Trukikaitis_Postimees, lk 52
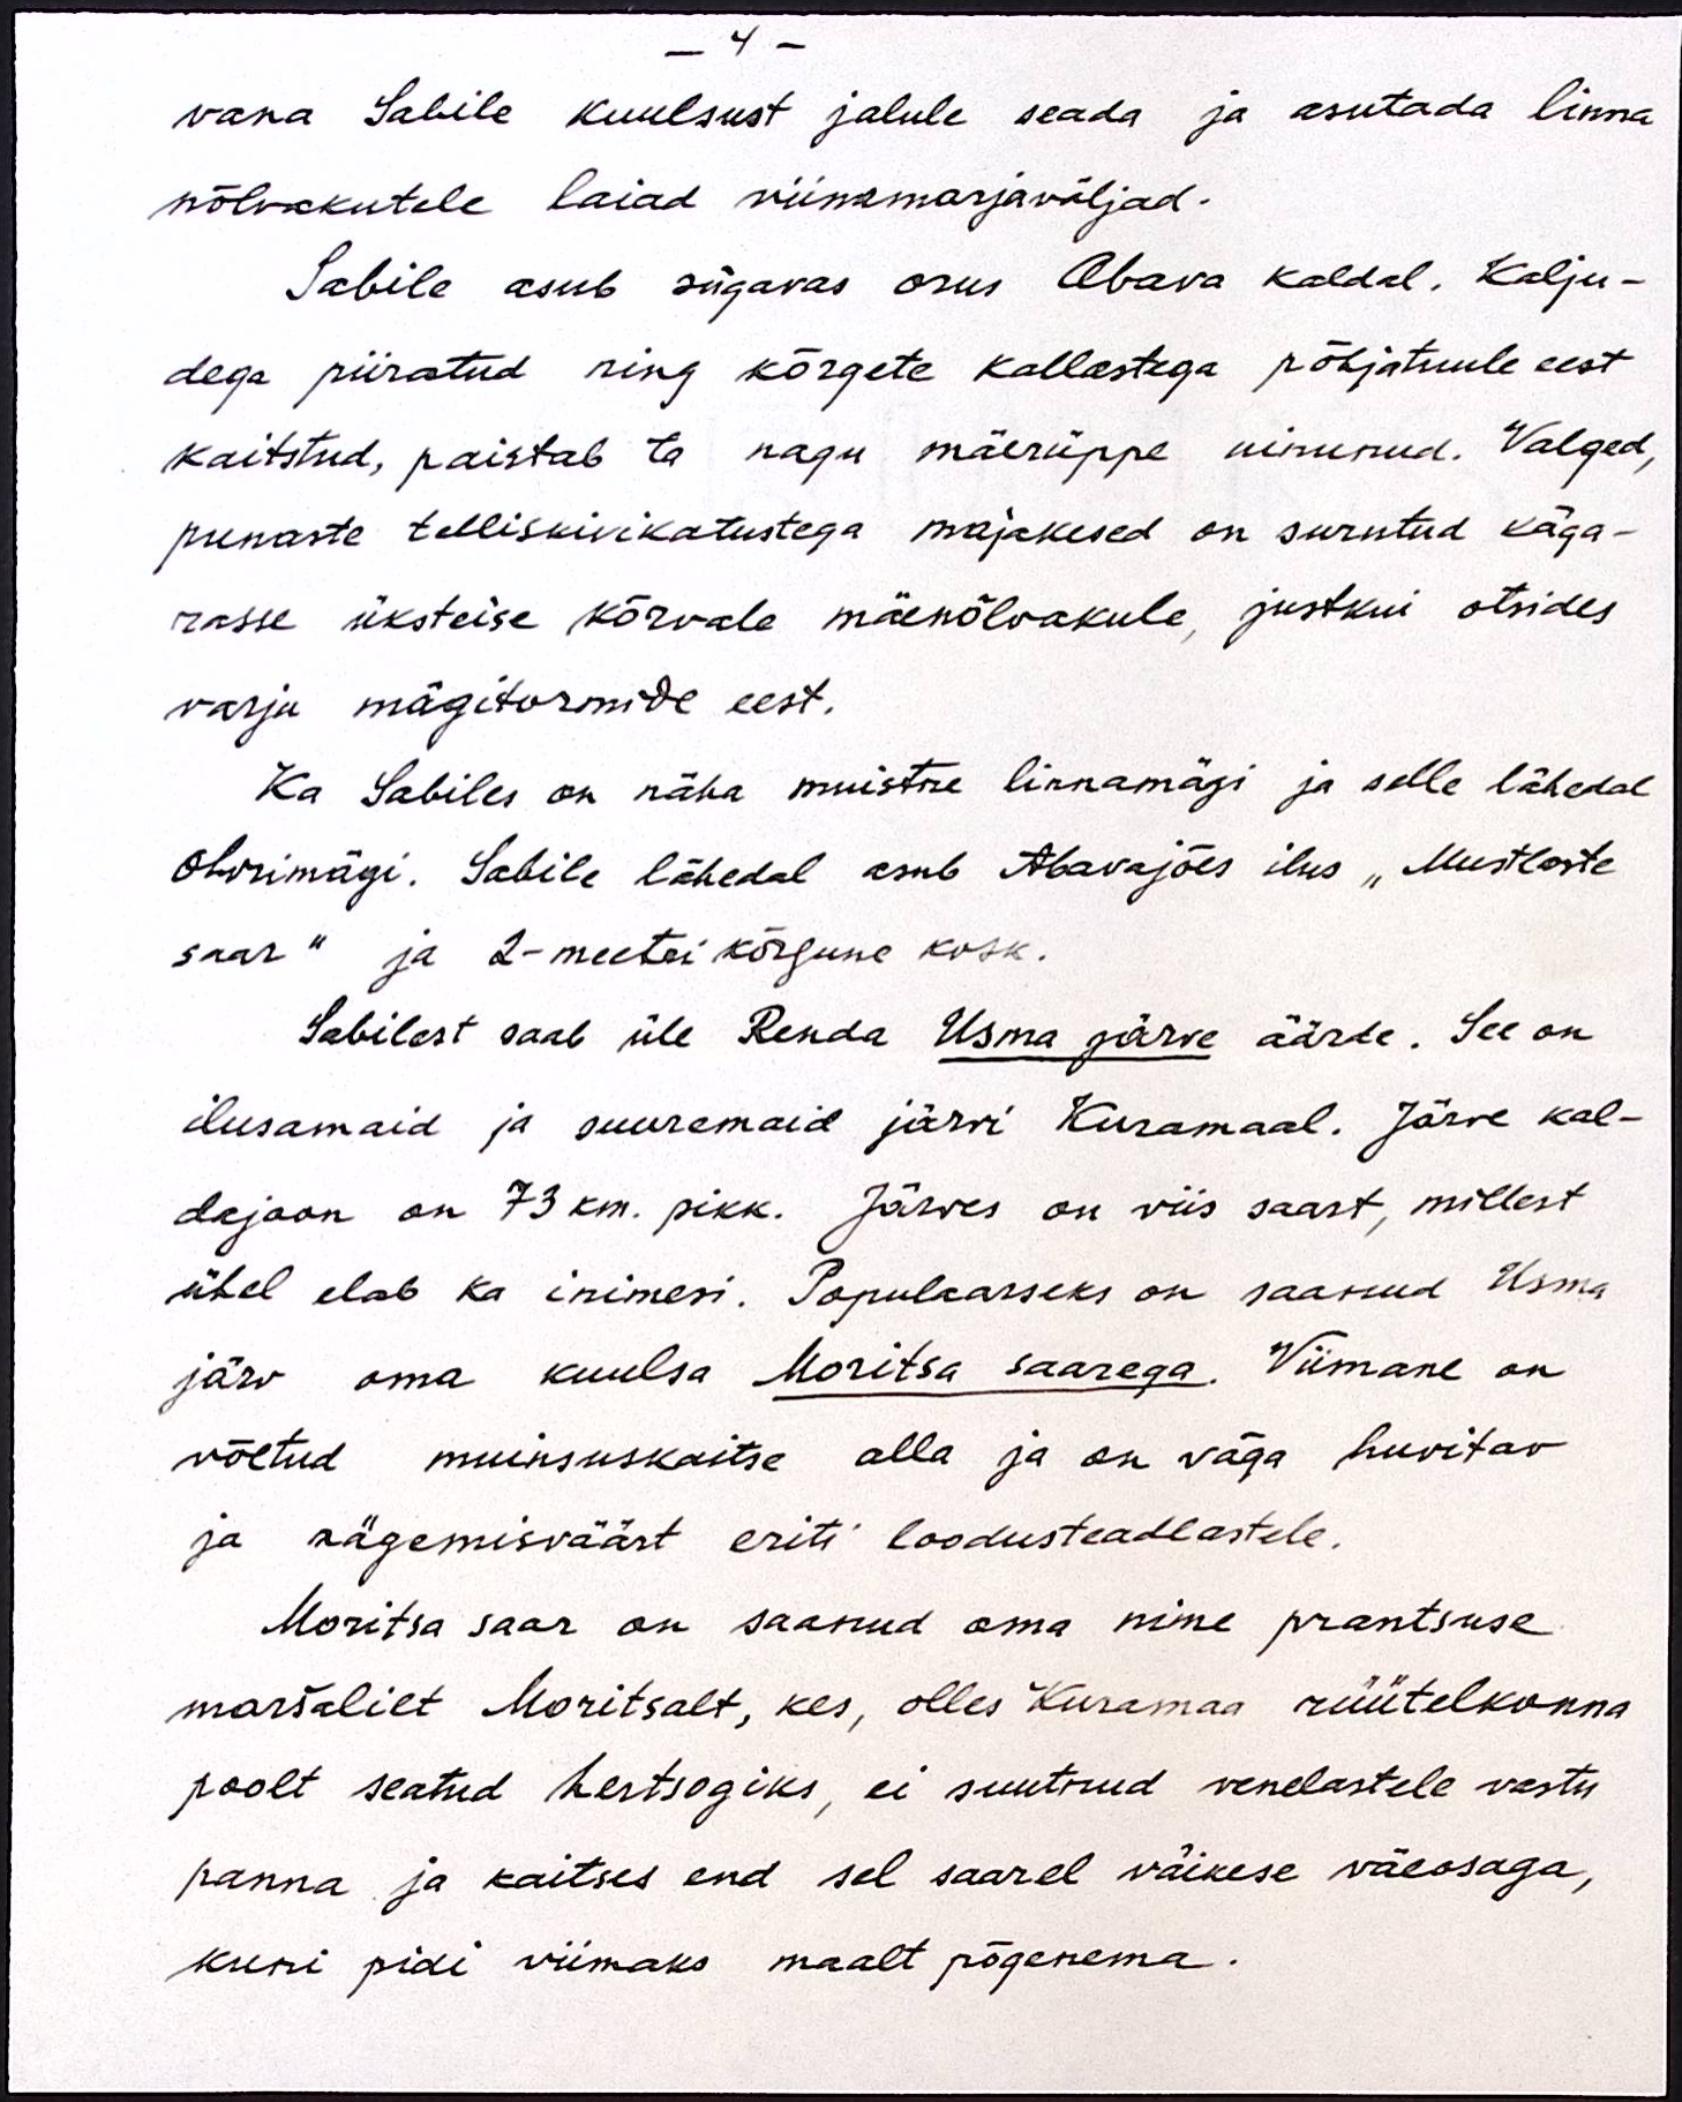
- 4 -
vana Sabile kuulsust jalule seada ja asutada linna
nõlvakutele laiad viinamarjaväljad.
Sabile asub sügavas orus Abava kaldal. Kalju-
dega piiratud ning kõrgete kallastega põhjatuule eest
kaitstud, paistab ta nagu mäerüppe uinunud. Valged,
punaste telliskivikatustega majakesed on surutud käga-
rasse üksteise kõrvale mäenõlvakule, justkui otsides
varju mägitormide eest.
Ka Sabiles on näha muistne linnamägi ja selle lähedal
ohvrimägi. Sabile lähedal asub Abavajões ilus "Mustlaste
saar" ja 2-meetri kõrgune kosk.
Sabilast saab üle Renda Usma järve äärde. See on
ilusamaid ja suuremaid järvi Kuramaal. Järve kal-
dajoon on 73 km. pikk. Järves on viis saart, millest
ühel elab ka inimesi. Populaarseks on saanud Usma
järv oma kuulsa Moritsa saarega. Viimane on
võetud muinsuskaitse alla ja on väga huvitav
ja nägemisväärt eriti loodusteadlastele.
Moritsa saar on saanud oma nime prantsuse
maršalilt Moritsalt, kes, olles Kuramaa rüütelkonna
poolt seatud hertsogiks, ei suutnud venelastele vastu
panna ja kaitses end sel saarel väikese väeosaga,
kuni pidi viimaks maalt põgenema.